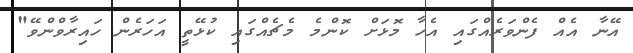
އޭނާ އެއް ފެންވަރެއްގައި އެހާ މޮޅަށް ކޮންމެ މެޗެއްގައި ކުޅޭތީ އަހަރެން ހައިރާވްންވޭ"